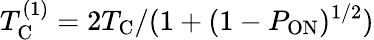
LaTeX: T_{\mathrm{C}}^{(1)}=2T_{\mathrm{C}}/(1+(1-P_{\mathrm{ON}})^{1/2})